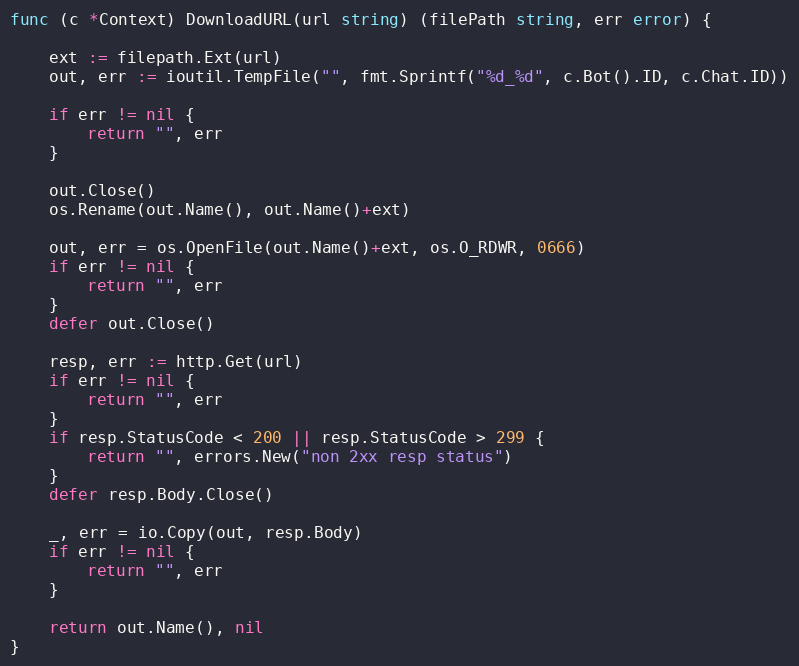
Language: Go
func (c *Context) DownloadURL(url string) (filePath string, err error) {

	ext := filepath.Ext(url)
	out, err := ioutil.TempFile("", fmt.Sprintf("%d_%d", c.Bot().ID, c.Chat.ID))

	if err != nil {
		return "", err
	}

	out.Close()
	os.Rename(out.Name(), out.Name()+ext)

	out, err = os.OpenFile(out.Name()+ext, os.O_RDWR, 0666)
	if err != nil {
		return "", err
	}
	defer out.Close()

	resp, err := http.Get(url)
	if err != nil {
		return "", err
	}
	if resp.StatusCode < 200 || resp.StatusCode > 299 {
		return "", errors.New("non 2xx resp status")
	}
	defer resp.Body.Close()

	_, err = io.Copy(out, resp.Body)
	if err != nil {
		return "", err
	}

	return out.Name(), nil
}